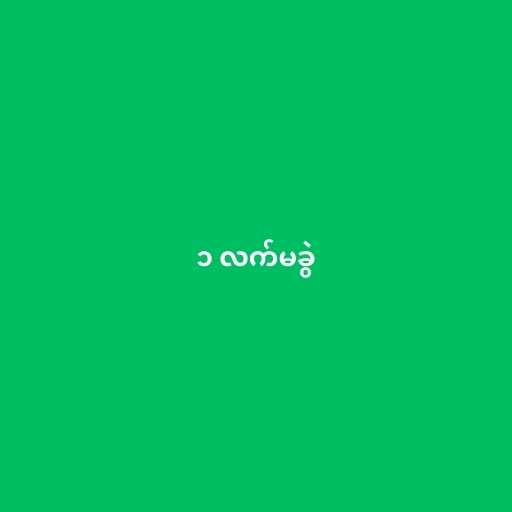
၁ လက်မခွဲ